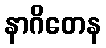
နာဂိတေန